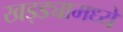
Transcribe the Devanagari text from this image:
खड्ड्यामध्ये